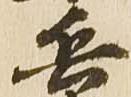
兵